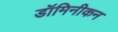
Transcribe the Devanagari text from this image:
डॉमिनीकन